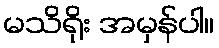
မသိရိုး အမှန်ပါ။